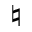
\natural